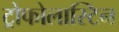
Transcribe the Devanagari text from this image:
ट्रोफोलास्टिन